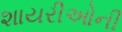
શાયરીઓની